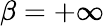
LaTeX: \beta=+\infty